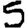
Digit: 5